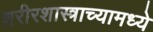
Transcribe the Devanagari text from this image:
शरीरशास्त्राच्यामध्ये